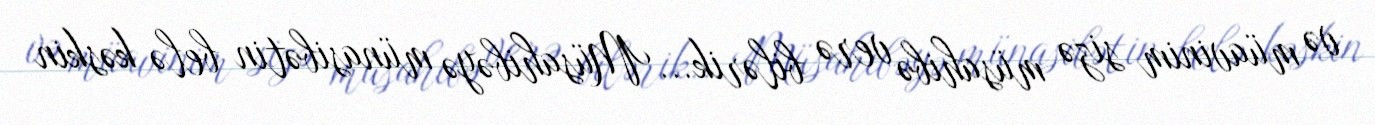
və müavinim sizə müsahibə verə bilərik... Müsahibəyə münasibətin belə kəskin